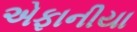
એફાનીયા